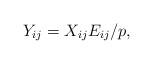
LaTeX: \begin{align*}Y_{ij}=X_{ij}E_{ij}/p,\end{align*}